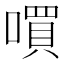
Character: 嘪